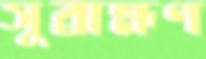
সুব্রাহ্মণ